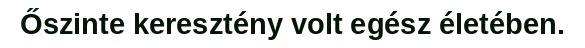
Őszinte keresztény volt egész életében.